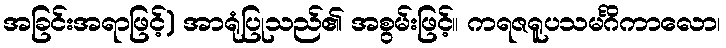
အခြင်းအရာဖြင့်) အာရုံပြုသည်၏ အစွမ်းဖြင့်။ ကရဇရူပသမင်္ဂိကာလော၊